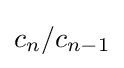
c_{n}/c_{n-1}